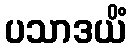
ပသာဒယိံ